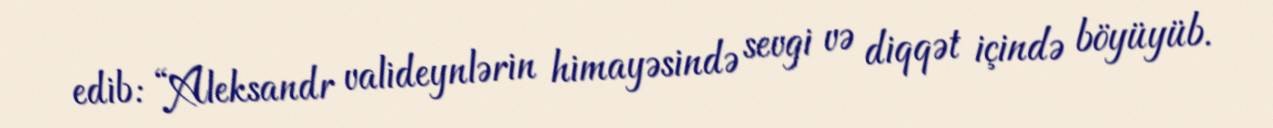
edib: “Aleksandr valideynlərin himayəsində sevgi və diqqət içində böyüyüb.